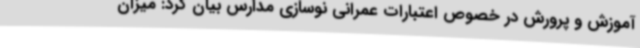
آموزش و پرورش در خصوص اعتبارات عمرانی نوسازی مدارس بیان کرد: میزان